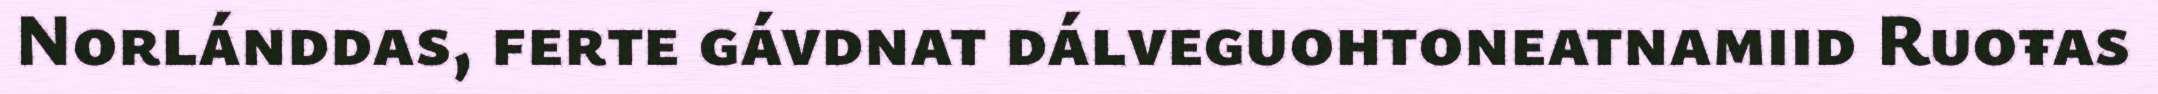
Norlánddas, ferte gávdnat dálveguohtoneatnamiid Ruoŧas